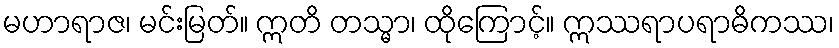
မဟာရာဇ၊ မင်းမြတ်။ ဣတိ တသ္မာ၊ ထိုကြောင့်။ ဣဿရာပရာဓိကဿ၊